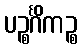
ပဉ္စင်္ဂိကဉ္စ